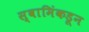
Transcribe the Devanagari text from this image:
स्वामिंकडून